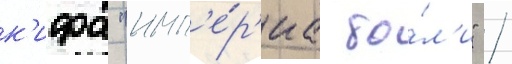
к'ифа "имп'е́р'иа бо́л'и" /